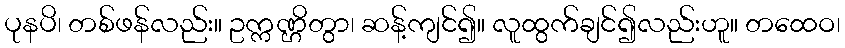
ပုနပိ၊ တစ်ဖန်လည်း။ ဥက္ကဏ္ဌိတွာ၊ ဆန့်ကျင်၍။ လူထွက်ချင်၍လည်းဟူ။ တထေဝ၊